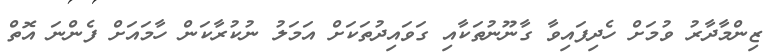
ޒިންމާދާރު ވުމަށް ހެދިފައިވާ ގާނޫނުތަކާއި ގަވައިދުތަކަށް އަމަލު ނުކުރާކަން ހާމައަށް ފެންނަ އޮތް